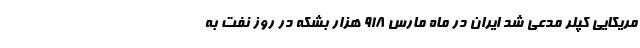
مریکایی کپلر مدعی شد ایران در ماه مارس 918 هزار بشکه در روز نفت به